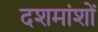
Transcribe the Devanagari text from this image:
दशमांशों